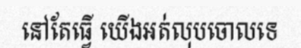
នៅតែធ្វើ យើងអត់លុបចោលទេ